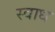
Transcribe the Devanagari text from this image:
स्वाध